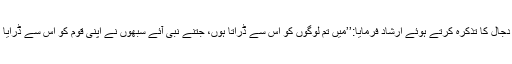
پھر دجال کا تذکرہ کرتے ہوئے ارشاد فرمایا:’’میں تم لوگوں کو اس سے ڈراتا ہوں، جتنے نبی آئے سبھوں نے اپنی قوم کو اس سے ڈرایا ہے۔